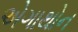
એગાથોન